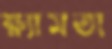
ক্ষ্যামতা